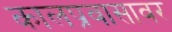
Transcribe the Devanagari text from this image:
कालप्रवासावर